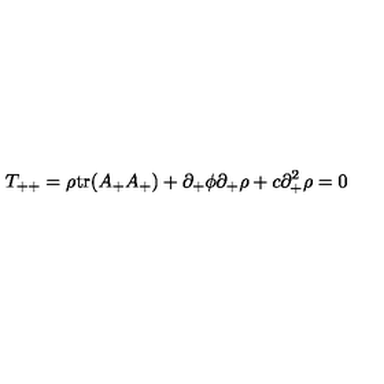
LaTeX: T _ { + + } = \rho \mathrm { t r } ( A _ { + } A _ { + } ) + \partial _ { + } \phi \partial _ { + } \rho + c \partial _ { + } ^ { 2 } \rho = 0